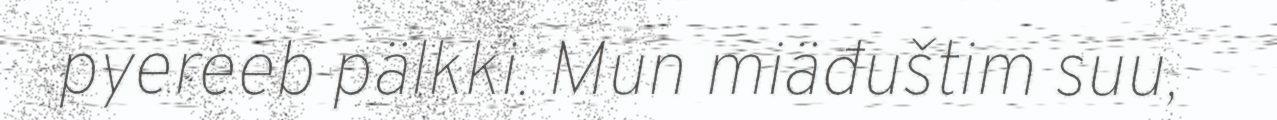
pyereeb pälkki. Mun miäđuštim suu,